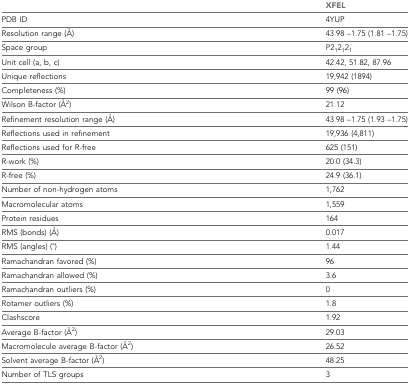
|  | XFEL |
 | --- | --- |
 | PDB ID | 4YUP |
 | Resolution range (Å) | 43.98 –1.75 (1.81 –1.75) |
 | Space group | P212121 |
 | Unit cell (a, b, c) | 42.42, 51.82, 87.96 |
 | Unique reflections | 19,942 (1894) |
 | Completeness (%) | 99 (96) |
 | Wilson B-factor (Å2) | 21.12 |
 | Refinement resolution range (Å) | 43.98 –1.75 (1.93 –1.75) |
 | Reflections used in refinement | 19,936 (4,811) |
 | Reflections used for R-free | 625 (151) |
 | R-work (%) | 20.0 (34.3) |
 | R-free (%) | 24.9 (36.1) |
 | Number of non-hydrogen atoms | 1,762 |
 | Macromolecular atoms | 1,559 |
 | Protein residues | 164 |
 | RMS (bonds) (Å) | 0.017 |
 | RMS (angles) (°) | 1.44 |
 | Ramachandran favored (%) | 96 |
 | Ramachandran allowed (%) | 3.6 |
 | Ramachandran outliers (%) | 0 |
 | Rotamer outliers (%) | 1.8 |
 | Clashscore | 1.92 |
 | Average B-factor (Å2) | 29.03 |
 | Macromolecule average B-factor (Å2) | 26.52 |
 | Solvent average B-factor (Å2) | 48.25 |
 | Number of TLS groups | 3 |